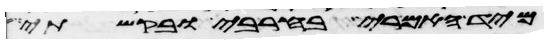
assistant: מיד האמרי בחרבי ובקשתי